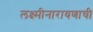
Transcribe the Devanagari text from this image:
लक्ष्मीनारायणाची